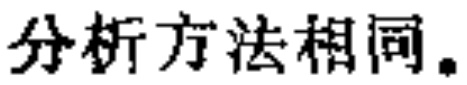
分析方法相同。